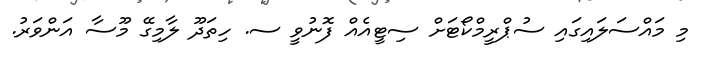
މި މައްސަލައިގައި ސުޕްރީމްކޯޓަށް ސިޓީއެއް ފޮނުވީ ސ. ހިތަދޫ ލާމިގޭ މޫސާ އަންވަރު.